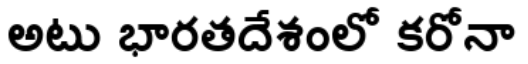
అటు భారతదేశంలో కరోనా